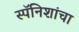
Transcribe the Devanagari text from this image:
स्पॅनिशांचा